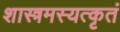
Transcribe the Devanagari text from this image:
शास्त्रमस्यत्कृतं